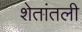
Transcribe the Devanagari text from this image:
शेतांतली